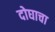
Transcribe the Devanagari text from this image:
दोघाचा